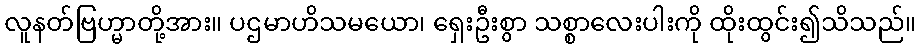
လူနတ်ဗြဟ္မာတို့အား။ ပဌမာဟိသမယော၊ ရှေးဦးစွာ သစ္စာလေးပါးကို ထိုးထွင်း၍သိသည်။